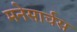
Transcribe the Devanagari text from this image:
मनेसार्चस